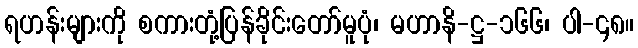
ရဟန်းများကို စကားတုံ့ပြန်ခိုင်းတော်မူပုံ၊ မဟာနိ-ဋ္ဌ-၁၆၆၊ ပါ-၄၈။